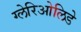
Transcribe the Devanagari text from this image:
ग्लेरिओलिडे